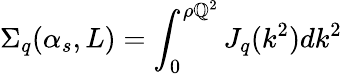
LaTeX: \Sigma_{q}(\alpha_{s},L)=\int_{0}^{\rho\mathbb{Q}^{2}}J_{q}(k^{2})dk^{2}